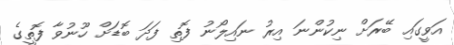
އަވީގައި ބޭރަށް ނިކުންނަ އިރު ނައިލޯނު ފޮތި ފަދަ ބޮޑަށް ހޫނުވާ ފޮތީގެ